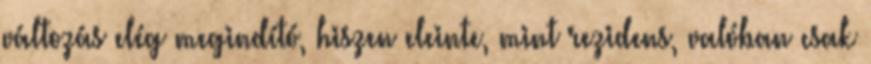
változás elég megindító, hiszen eleinte, mint rezidens, valóban csak